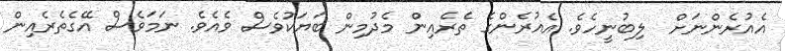
އެއުރެންނަށް  ލިބުނީހެވެ. އެއުރެންގެ ތެރެއިން މެދުމިން ބަޔަކުވެސް ވެއެވެ. ނަމަވެސް އޭގެތެރެއިން